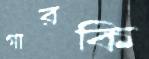
গারকি